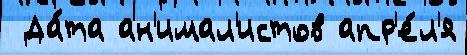
 Да́та ан'имал'истов апр'е́л'я